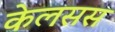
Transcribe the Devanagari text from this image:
केलसस